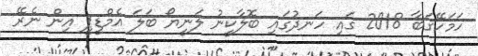
ހަމަހޭގަބާ 2018 ގައި ހަނދުގައި ބޮލާކީނު ލަނީޔޯ ބަލަ އެމްޑީޕީ އިން ނެރޭ